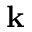
\mathbf { k }